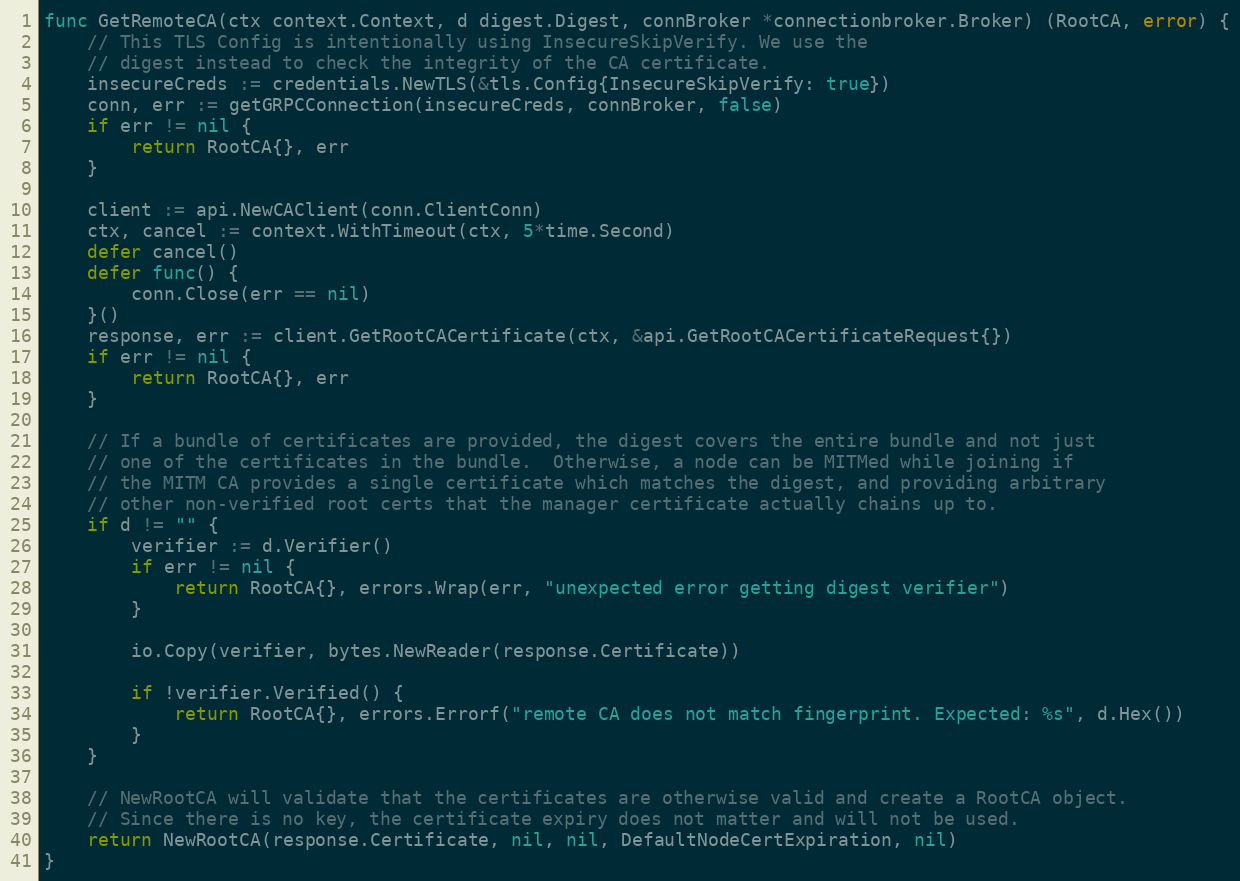
Language: Go
func GetRemoteCA(ctx context.Context, d digest.Digest, connBroker *connectionbroker.Broker) (RootCA, error) {
	// This TLS Config is intentionally using InsecureSkipVerify. We use the
	// digest instead to check the integrity of the CA certificate.
	insecureCreds := credentials.NewTLS(&tls.Config{InsecureSkipVerify: true})
	conn, err := getGRPCConnection(insecureCreds, connBroker, false)
	if err != nil {
		return RootCA{}, err
	}

	client := api.NewCAClient(conn.ClientConn)
	ctx, cancel := context.WithTimeout(ctx, 5*time.Second)
	defer cancel()
	defer func() {
		conn.Close(err == nil)
	}()
	response, err := client.GetRootCACertificate(ctx, &api.GetRootCACertificateRequest{})
	if err != nil {
		return RootCA{}, err
	}

	// If a bundle of certificates are provided, the digest covers the entire bundle and not just
	// one of the certificates in the bundle.  Otherwise, a node can be MITMed while joining if
	// the MITM CA provides a single certificate which matches the digest, and providing arbitrary
	// other non-verified root certs that the manager certificate actually chains up to.
	if d != "" {
		verifier := d.Verifier()
		if err != nil {
			return RootCA{}, errors.Wrap(err, "unexpected error getting digest verifier")
		}

		io.Copy(verifier, bytes.NewReader(response.Certificate))

		if !verifier.Verified() {
			return RootCA{}, errors.Errorf("remote CA does not match fingerprint. Expected: %s", d.Hex())
		}
	}

	// NewRootCA will validate that the certificates are otherwise valid and create a RootCA object.
	// Since there is no key, the certificate expiry does not matter and will not be used.
	return NewRootCA(response.Certificate, nil, nil, DefaultNodeCertExpiration, nil)
}